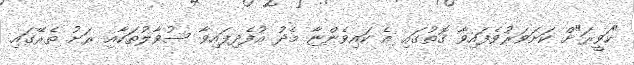
"ހަވީރަ"ށް ކަށަވަރުވެފައިވާ ގޮތުގައި އެ ކައިވެންޏާ މެދު އުފެދިފައިވާ ސުވާލުތަކާއިި ރަށު ތެރޭގައި